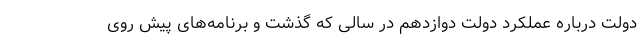
دولت درباره عملکرد دولت دوازدهم در سالی که گذشت و برنامه‌های پیش روی